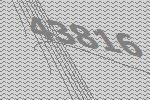
43816